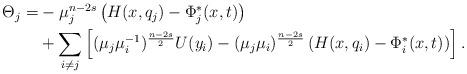
LaTeX: \begin{align*}\begin{aligned}\Theta_j =& -\mu_j^{n-2s}\left(H(x, q_j) - \Phi_j^*(x, t)\right)\\& + \sum_{i\neq j}\left[(\mu_j\mu_i^{-1})^{\frac{n-2s}{2}}U(y_i)-(\mu_j\mu_i)^{\frac{n-2s}{2}}\left(H(x, q_i) - \Phi_i^*(x, t)\right)\right].\end{aligned}\end{align*}